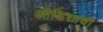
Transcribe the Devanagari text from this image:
ओडिशाची